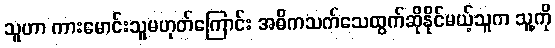
သူဟာ ကားမောင်းသူမဟုတ်ကြောင်း အဓိကသက်သေထွက်ဆိုနိုင်မယ့်သူက သူ့ကို